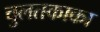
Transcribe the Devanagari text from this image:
चुलतकाका